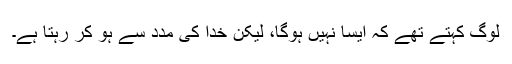
لوگ کہتے تھے کہ ایسا نہیں ہوگا، لیکن خدا کی مدد سے ہو کر رہتا ہے۔